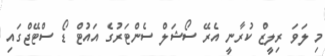
މި ލަވަ ރިލީޒް ކުރާނީ އެރޭ ސޯޝަލް ސެންޓަރުގެ އައުޓް ޑޯ ސްޓޭޖްގައި